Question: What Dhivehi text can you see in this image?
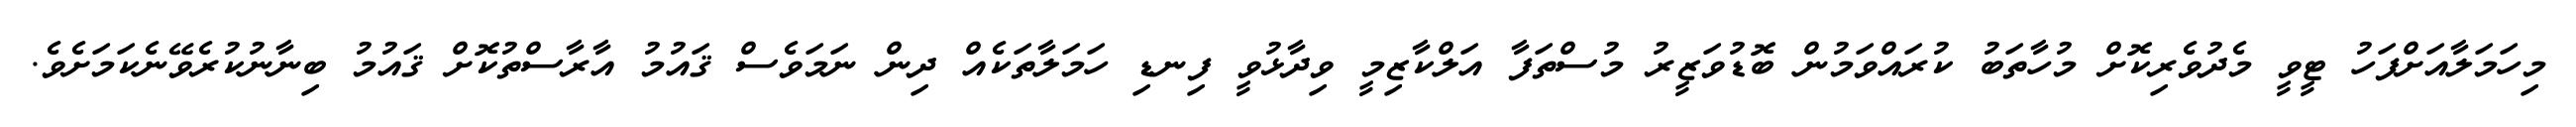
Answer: މިހަމަލާއަށްފަހު ޓީވީ މެދުވެރިކޮށް މުހާތަބު ކުރައްވަމުން ބޮޑުވަޒީރު މުސްތަފާ އަލްކާޒިމީ ވިދާޅުވީ ފިނޑި ހަމަލާތަކެއް ދިން ނަމަވެސް ޤައުމު އާރާސްތުކޮށް ޤައުމު ބިނާނުކުރެވޭނެކަމަށެވެ.